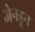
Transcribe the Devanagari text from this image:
जेनडून